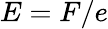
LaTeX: E=F/e